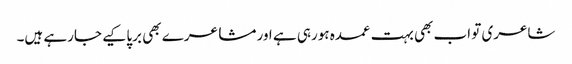
شاعری تو اب بھی بہت عمدہ ہورہی ہے اور مشاعرے بھی برپا کیے جارہے ہیں۔